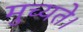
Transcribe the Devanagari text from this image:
मुच्यते।